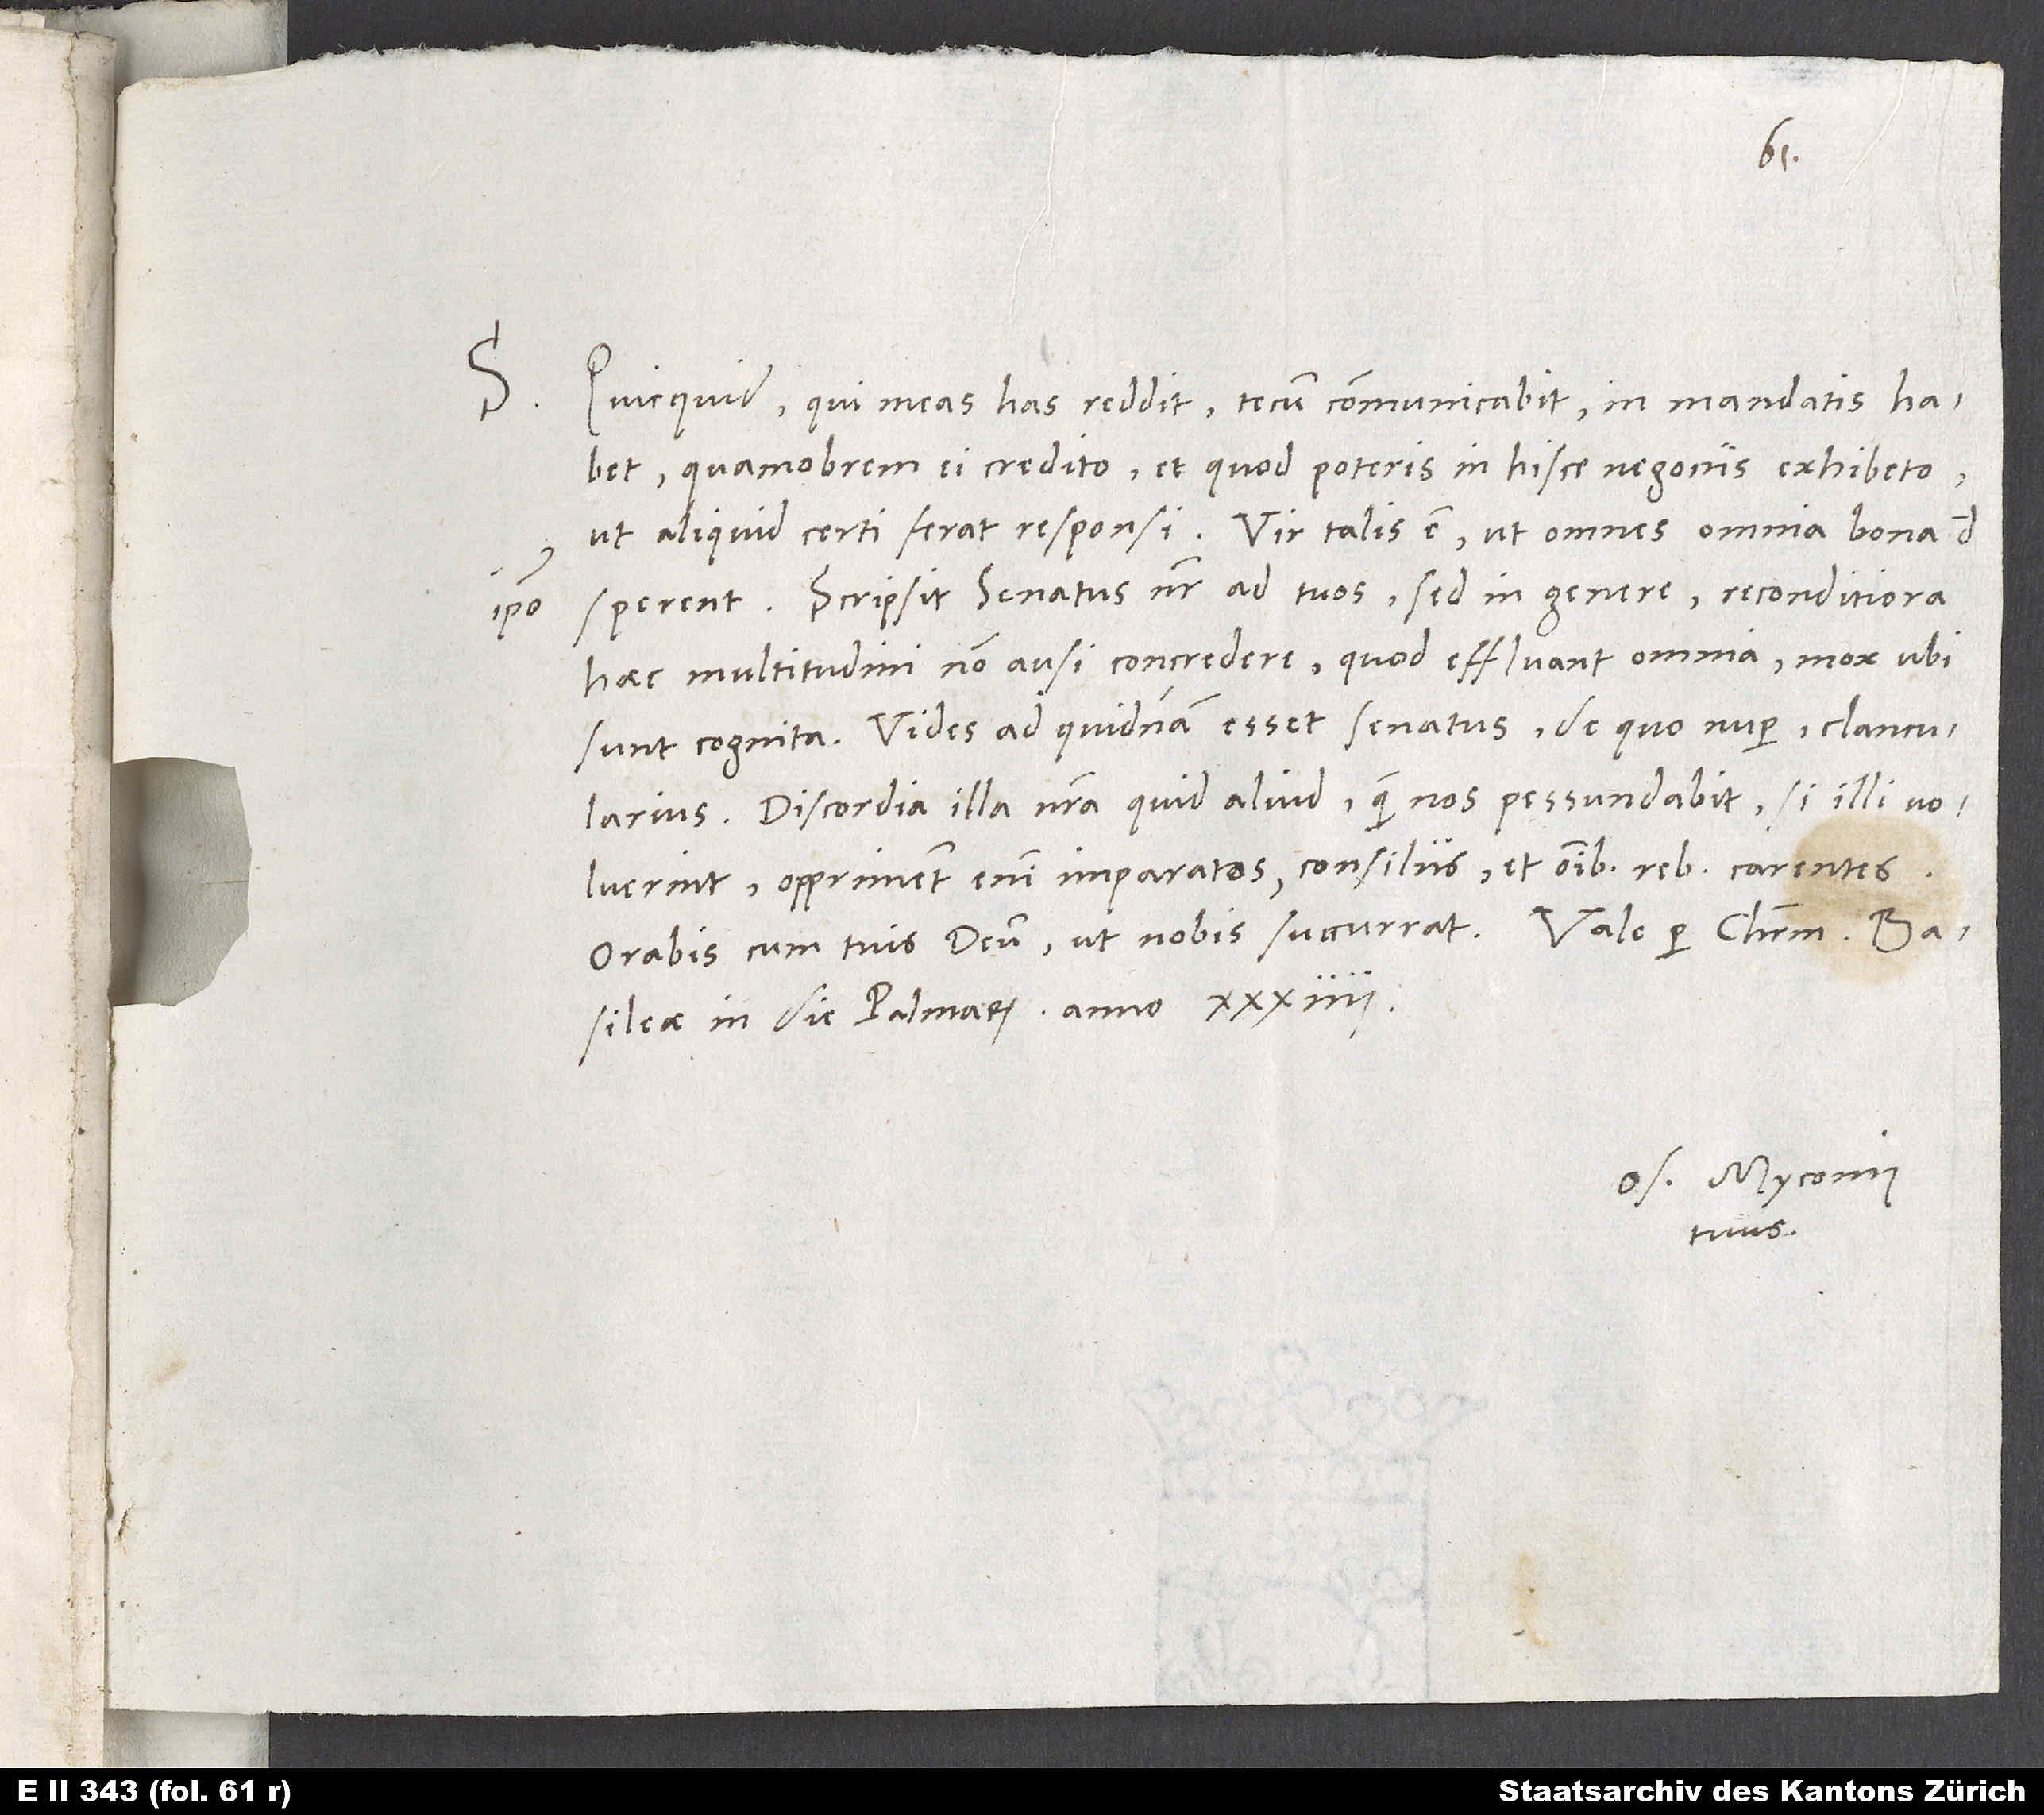
S. Quicquid qui meas has reddit, tecum communicabit, in mandatis habet.
Quamobrem ei credito et, quod poteris in hisce negociis, exhibeto,
ut aliquit certi ferat responsi. Vir talis est, ut omnes omnia bona de
sperent. Scripsit senatus noster ad tuos, sed in genere, reconditiora
ipso
haec multitudini non ausi concredere, quod effluant omnia mox, ubi
sunt cognita. Vides ad quidnam esset senatus, de quo nuper, clancularius.
Discordia illa nostra quid aliud quam nos pessundabit, si illi voluerint?
Oppriment enim imparatos, consiliis et omnibus rebus carentes.
Basileae, in die palmarum anno 34.
Os. Myconius
tuus.